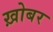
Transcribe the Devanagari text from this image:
ख़ोबर